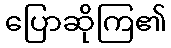
ပြောဆိုကြ၏